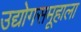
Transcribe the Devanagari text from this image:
उद्योगसमूहाला